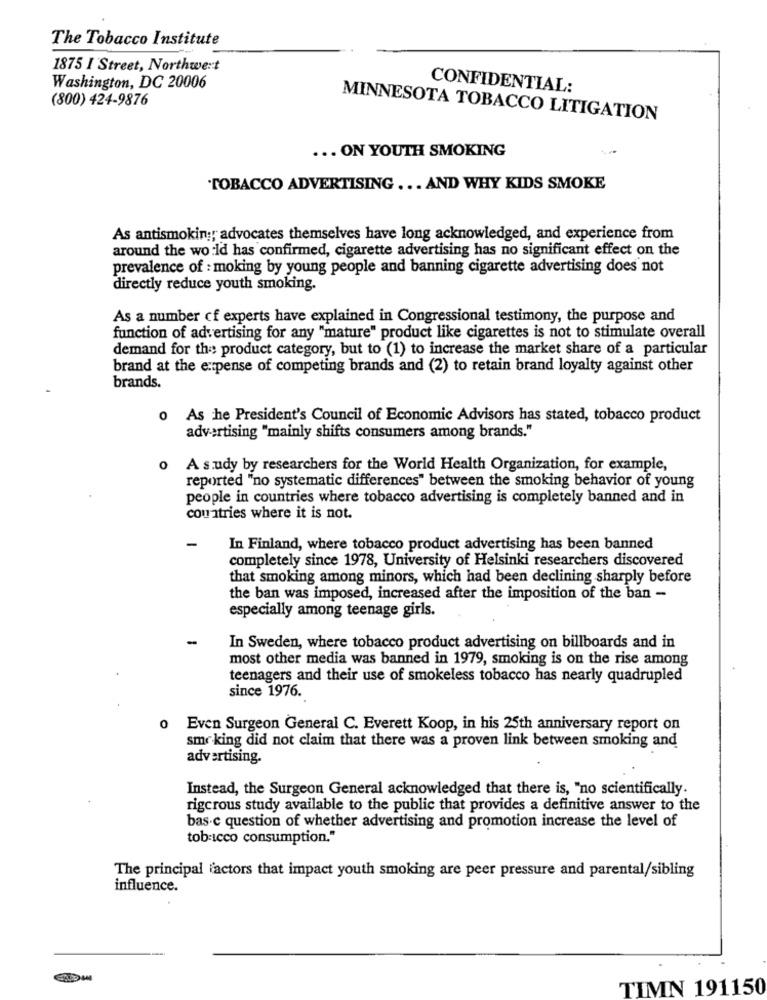
The Tobacco Institute
1875 I Street, Northwest
Washington, DC 20006
CONFIDENTIAL:
(800) 424-9876
MINNESOTA TOBACCO LITIGATION
... ON YOUTH SMOKING
TOBACCO ADVERTISING ... AND WHY KIDS SMOKE
As antismoking, advocates themselves have long acknowledged, and experience from
around the world has confirmed, cigarette advertising has no significant effect on the
prevalence of : moking by young people and banning cigarette advertising does not
directly reduce youth smoking.
As a number of experts have explained in Congressional testimony, the purpose and
function of advertising for any "mature" product like cigarettes is not to stimulate overall
demand for the product category, but to (1) to increase the market share of a particular
brand at the expense of competing brands and (2) to retain brand loyalty against other
brands.
o As he President's Council of Economic Advisors has stated, tobacco product
advertising "mainly shifts consumers among brands."
o A study by researchers for the World Health Organization, for example,
reported "no systematic differences" between the smoking behavior of young
people in countries where tobacco advertising is completely banned and in
countries where it is not.
-
In Finland, where tobacco product advertising has been banned
completely since 1978, University of Helsinki researchers discovered
that smoking among minors, which had been declining sharply before
the ban was imposed, increased after the imposition of the ban -
especially among teenage girls.
In Sweden, where tobacco product advertising on billboards and in
most other media was banned in 1979, smoking is on the rise among
teenagers and their use of smokeless tobacco has nearly quadrupled
since 1976.
0
Even Surgeon General C. Everett Koop, in his 25th anniversary report on
smr king did not claim that there was a proven link between smoking and
advertising.
Instead, the Surgeon General acknowledged that there is, "no scientifically.
rigcrous study available to the public that provides a definitive answer to the
bas c question of whether advertising and promotion increase the level of
tobicco consumption."
The principal factors that impact youth smoking are peer pressure and parental/sibling
influence.
TIMN 191150